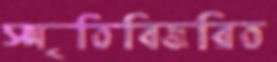
স্মৃতিবিজরিত